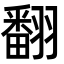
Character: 翻